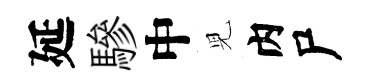
延驂中児内尸